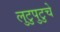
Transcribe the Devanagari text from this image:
लुटुपुटुचे